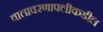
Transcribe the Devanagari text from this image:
वातावरणापलीकडील